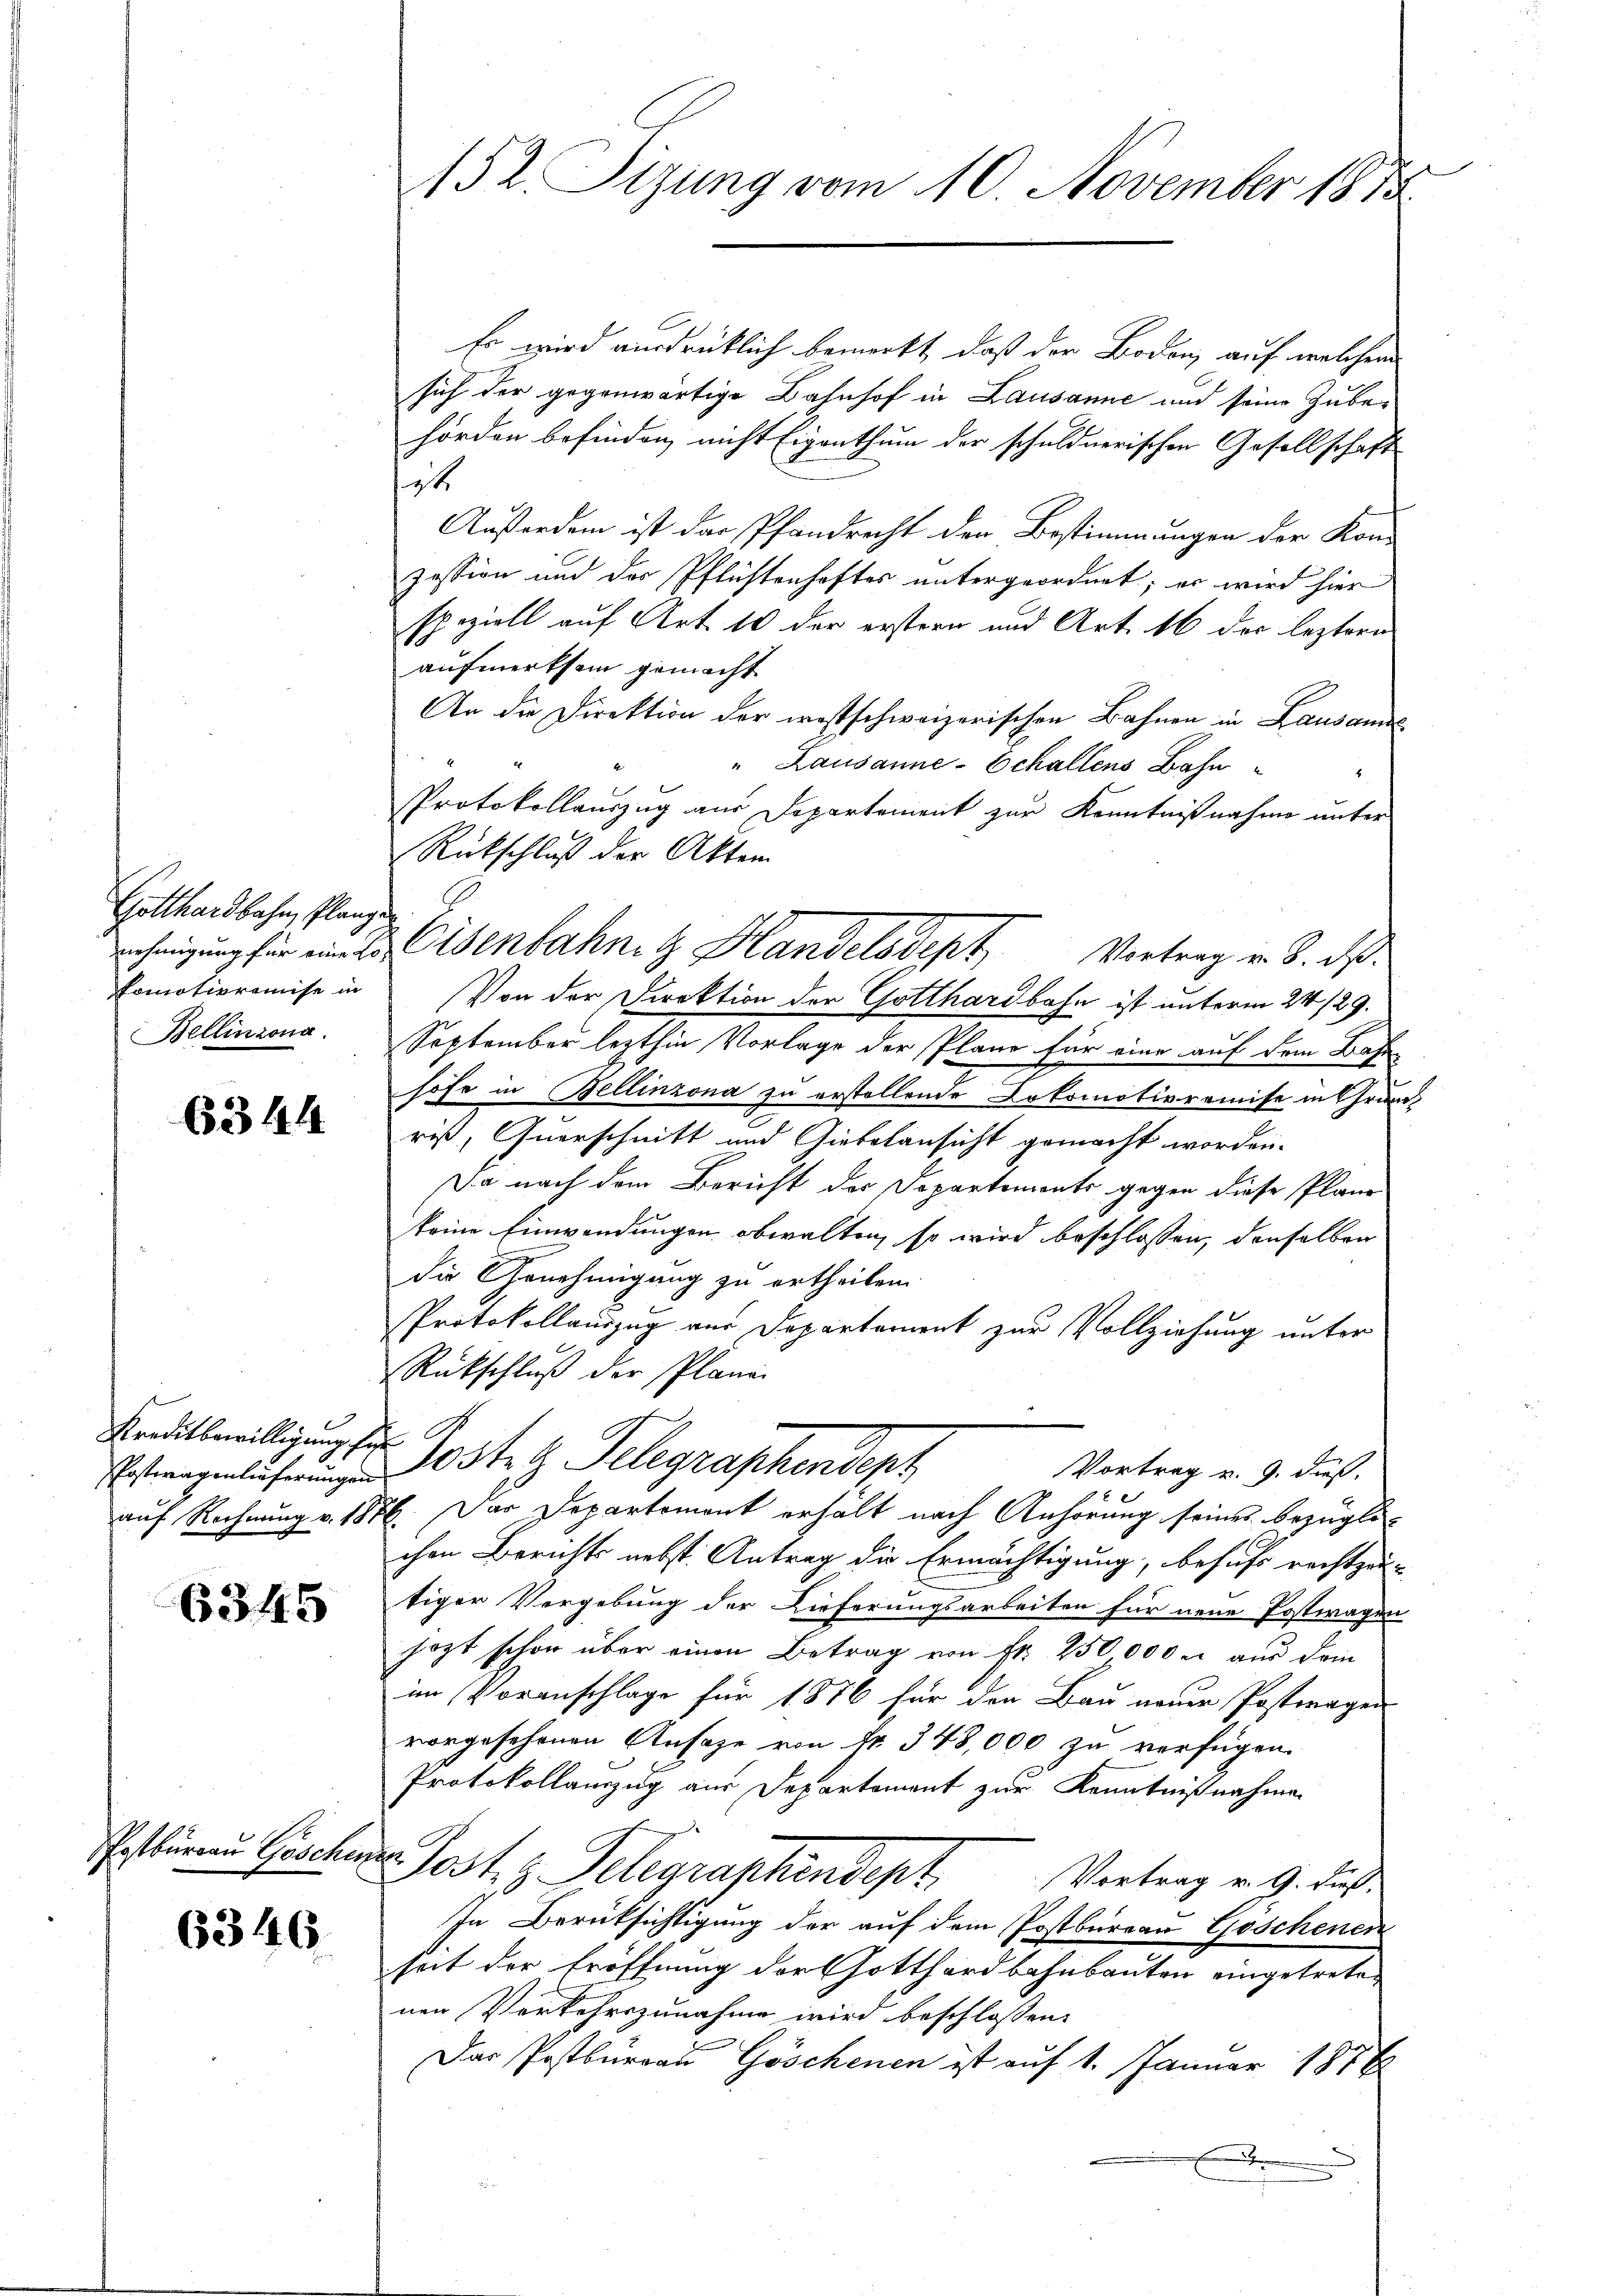
Gotthardbahn, Planze
komotivremise in
Bellinzona.

6344

Kreditbewilligung zu
PPosttragenlieferungen

6345

6346

152. Sizung vom 10. November 1818.

Es wird ausdrücklich bemerkt, daß der Boden, auf welchem
sich der gegenwärtige Bahnhof in Lausanne und seine Zube-
hörden befinden, nicht Eigenthum der schuldnerischen Gesellschaft
ist
Außerdem ist der Pfandrecht der Bestimmungen der Kon-
zession und der Pflichtenhaftes untergeordnet; er wird hier
speziell auf Art. 10 der erstern und Art. 16 der leztern
aufmerksam gemacht
An die Direktion der westschweizerischen Bahnen in Lausanne
" Lausanne-Echallens Bahn
Protokollauszug aus Departement zur Kenntnißnahme unter
Rückschluß der Akten
nehmigung für eine Eisenbahnitz Handelsdept Vortrag v. 8. ds.
Von der Direktion der Gotthardbahn ist unterm 24. 129.
September lezthin Vorlage der Pläne für eine auf dem Bahn
höfe in Bellinzona zu erstellende Dokomotioramise in Grund-
rist, Querschnitt und Giebelansicht gemacht worden.
Da nach dem Bericht der Departements gegen diese Plane
keine Einwendungen obwalten, so wird beschlossen, denselben
di Genehmigung zu ertheilen.
Protokollauszug vor Departement zur Vollziehung unter
Rückschluß der Plane
osten Telegraphendept
Vortrag u. 9. dieß.
auf Rechnung v. 1876. Das Departement erhält nach Anhörung seines bezügli-
chen Berichts nebst Antrag die Ermächtigung, besucht rechtzeu-
tiger Vergebung der Lieferungsarbeiten für neue Postwagen
hozt schon über einen Betrag von Fr. 250,000 l. aus dein
im Voranschlage für 1876 für den Bau neuer Postwagen
vorgesehenen Ansage von fr. 348,000 zu verfügen.
Protokollanzug aus Departement zur Kenntnißnahme
Erstinen Geschene Post, z. Telegraphendept
Vortrag v. 9. dieß.
In Berüksichtigung der auf dem Postbureau Goschenen
heit der Eröffnung der Gotthardbahnbauten eingetretenen Verkehrszunahme wird beschlossen:
Das Postbureau Göschenen ist auf 1. Januar 1876
E